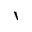
\backprime